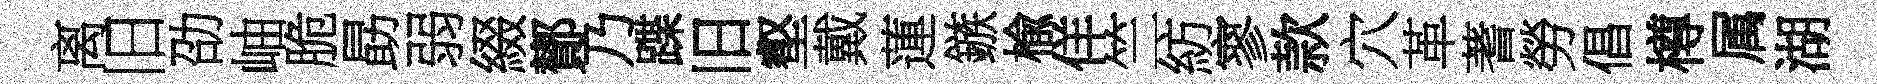
离旧劭岫脆勗弱綴鄼乃蹀旧壑戴蓮鏃楡佯竺紡寥款穴革蓍勞倡樽属湖